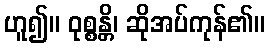
ဟူ၍။ ဝုစ္စန္တိ၊ ဆိုအပ်ကုန်၏။